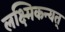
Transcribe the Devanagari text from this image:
लक्ष्मिकन्यत्